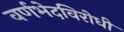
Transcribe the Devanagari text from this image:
वर्णभेदविरोधी